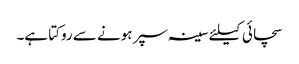
سچائی کیلئے سینہ سپر ہونے سے روکتا ہے۔